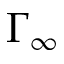
\Gamma _ { \infty }